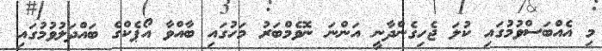
މި އެއްބަސްވުމުގައި ކުލަ ޖެހިގެންދާނީ އަންނަ ނޮވެމްބަރު މަހުގައި ބާއްވާ އޯޕެކްގެ ބައްދަލުވުމުގައި